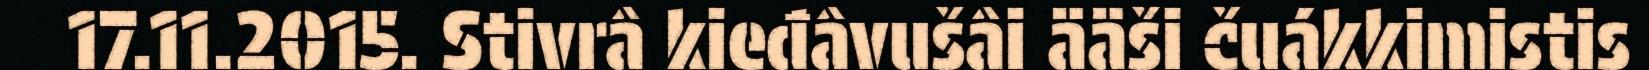
17.11.2015. Stivrâ kieđâvušâi ääši čuákkimistis